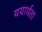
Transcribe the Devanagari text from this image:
ययार्थता